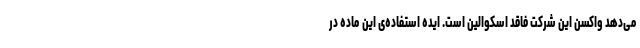
می‌دهد واکسن این شرکت فاقد اسکوالین است. ایده استفاده‌ی این ماده در